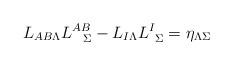
LaTeX: \begin{align*}L_{AB\Lambda}L^{AB}_{\ \ \Sigma} - L_{I\Lambda}L^{I}_{\ \Sigma}=\eta_{\Lambda\Sigma} \end{align*}